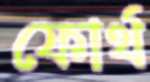
ফোর্থ